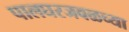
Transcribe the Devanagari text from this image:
पालघरजवळच्या